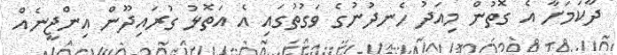
ދާކަމަށާ އެ ގޮތުން މިއަދު ހެނދުނުގެ ވަގުތުގައި އެ އަތޮޅު ގުރައިދޫން އިންޖީނެއް